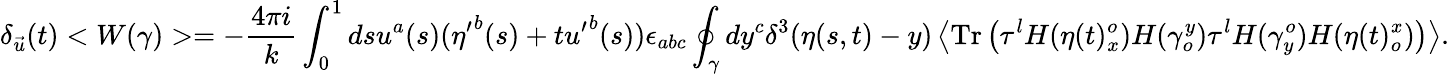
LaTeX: \delta_{\vec{u}}(t)<W(\gamma)>=-{\frac{4\pi i}{k}}\int_{0}^{1}dsu^{a}(s)({\eta^{\prime}}^{b}(s)+t{u^{\prime}}^{b}(s))\epsilon_{abc}\oint_{\gamma}dy^{c}\delta^{3}(\eta(s,t)-y)\left<\mathrm{Tr}\left(\tau^{l}H(\eta(t)_{x}^{o})H(\gamma_{o}^{y})\tau^{l}H(\gamma_{y}^{o})H(\eta(t)_{o}^{x})\right)\right>.